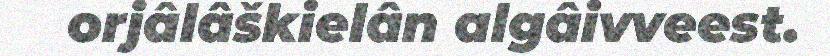
orjâlâškielân algâivveest.